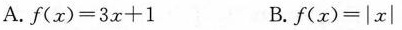
A. $$f ( x ) = 3 x + 1$$ B. $$f ( x ) = \left | x \right |$$